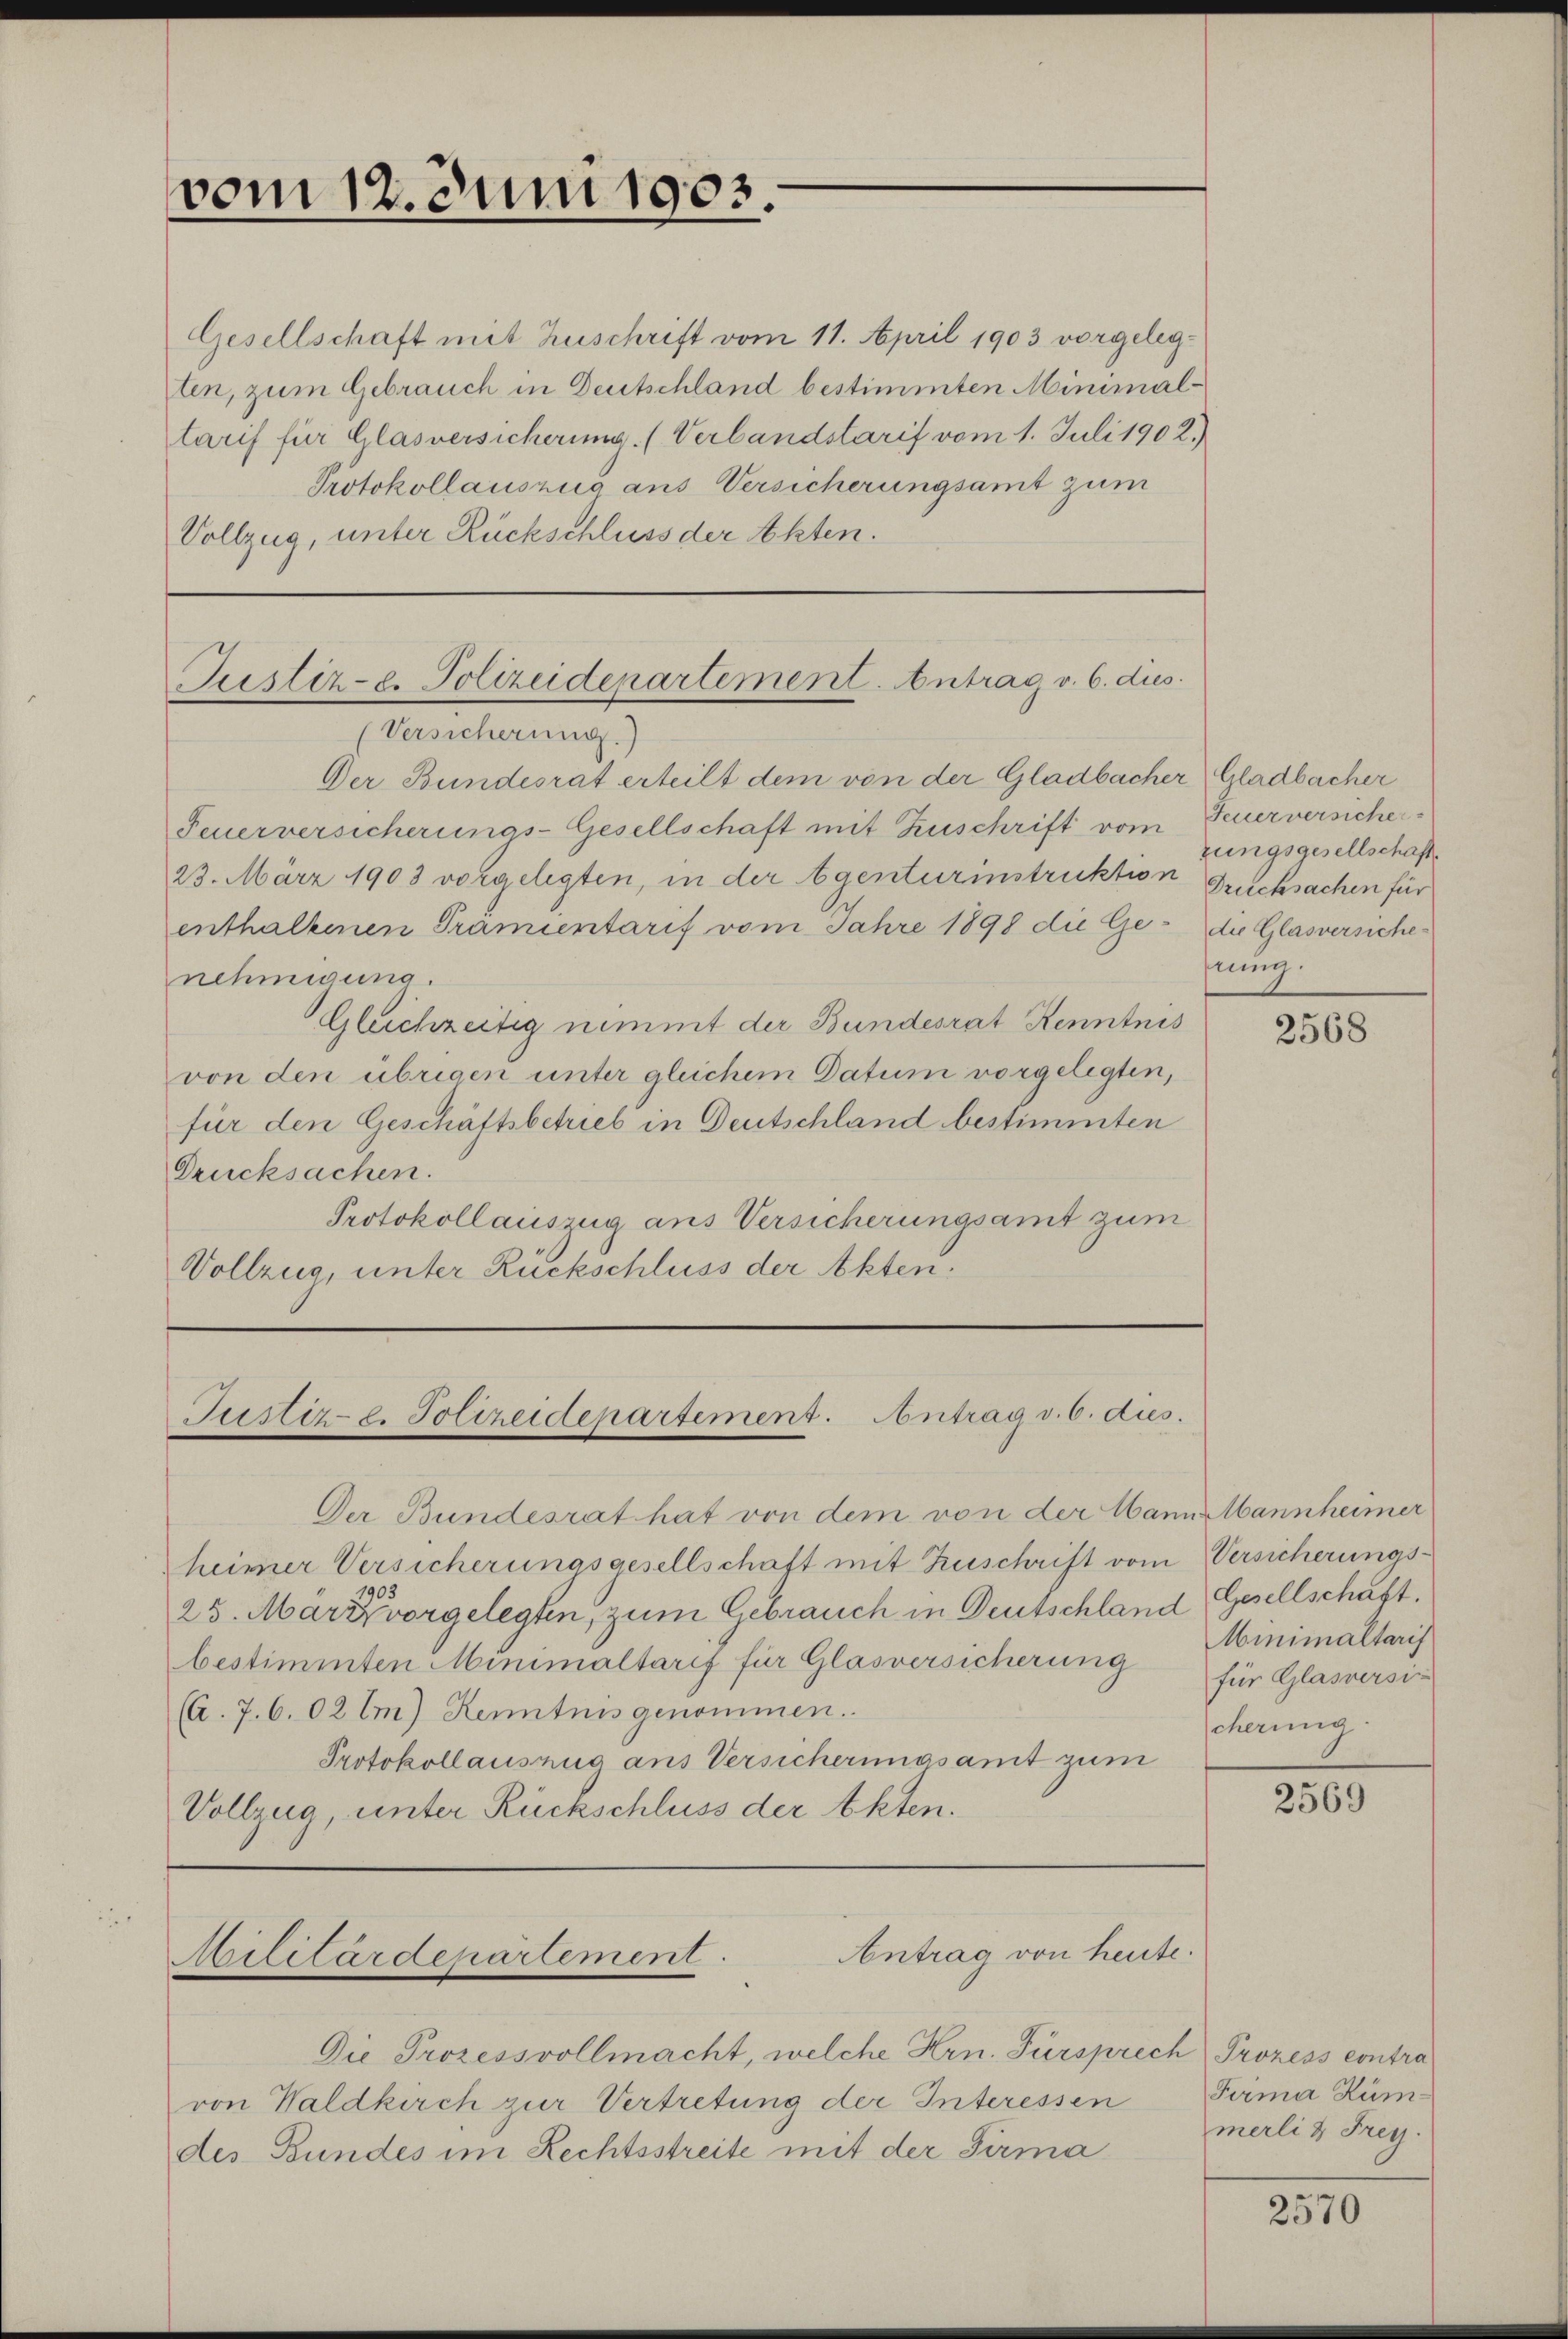
vom 12. Juni 1903.

Gesellschaft mit Zuschrift vom 11. April 1903 vorgelegten, zum Gebrauch in Deutschland bestimmten Minimaltarif für Glasversicherung. (Verbandstarif vom 1. Juli 1902.)
Protokollauszug aus Versicherungsamt zum
Vollzug, unter Rückschluss der Akten.

Justiz- u. Polizeidepartement. Antrag v. 6. dies
(Versicherung.)

Der Bundesrat erteilt dem von der Gladbacher Gladbacher
Feuerversicherungs-Gesellschaft mit Zuschrift vom Feuerversicher¬
23. März 1903 vorgelegten, in der Agenturinstruktion Grucksachen für
enthaltenen Prämientarif vom Jahre 1898 die Ge- die Glasversichenehmigung.
Gluchzeitig nimmt der Bundesrat Kenntnis
von den übrigen unter gleichem Datum vorgelegten,
für den Geschäftsbetrieb in Deutschland bestimmten
Drucksachen.
Protokollauszug aus Versicherungsamt zum
Vollzug, unter Rückschluss der Akten.

Der Bundesrat hat von dem von der Mann Mannheimer
heimer Versicherungsgesellschaft mit Zuschrift vom Versicherungs-
1903
25. März vorgelegten, zum Gebrauch in Deutschland Gesellschaft.
bestimmten Minimaltarif für Glasversicherung für Glasversic
(A.7.6.02 Im) Kenntnis genommen.
Protokollauszug aus Versicherungsamt zum
Vollzug, unter Rückschluss der Akten.

Die Prozessvollmacht, welche Hrn. Fürsprec
von Waldkirch zur Vertretung der Interessen
des Bundes im Rechtsstreite mit der Firma¬

Justiz- u. Polizeidepartement. Antrag v. 6. dies.

Antrag von heute.
Militärdepartement.

zungsgesellschaft.
nung.

2568

Minimaltarif
cherung.

2569

h Prozess contra
Firma Kümmerlin Frey.

2570